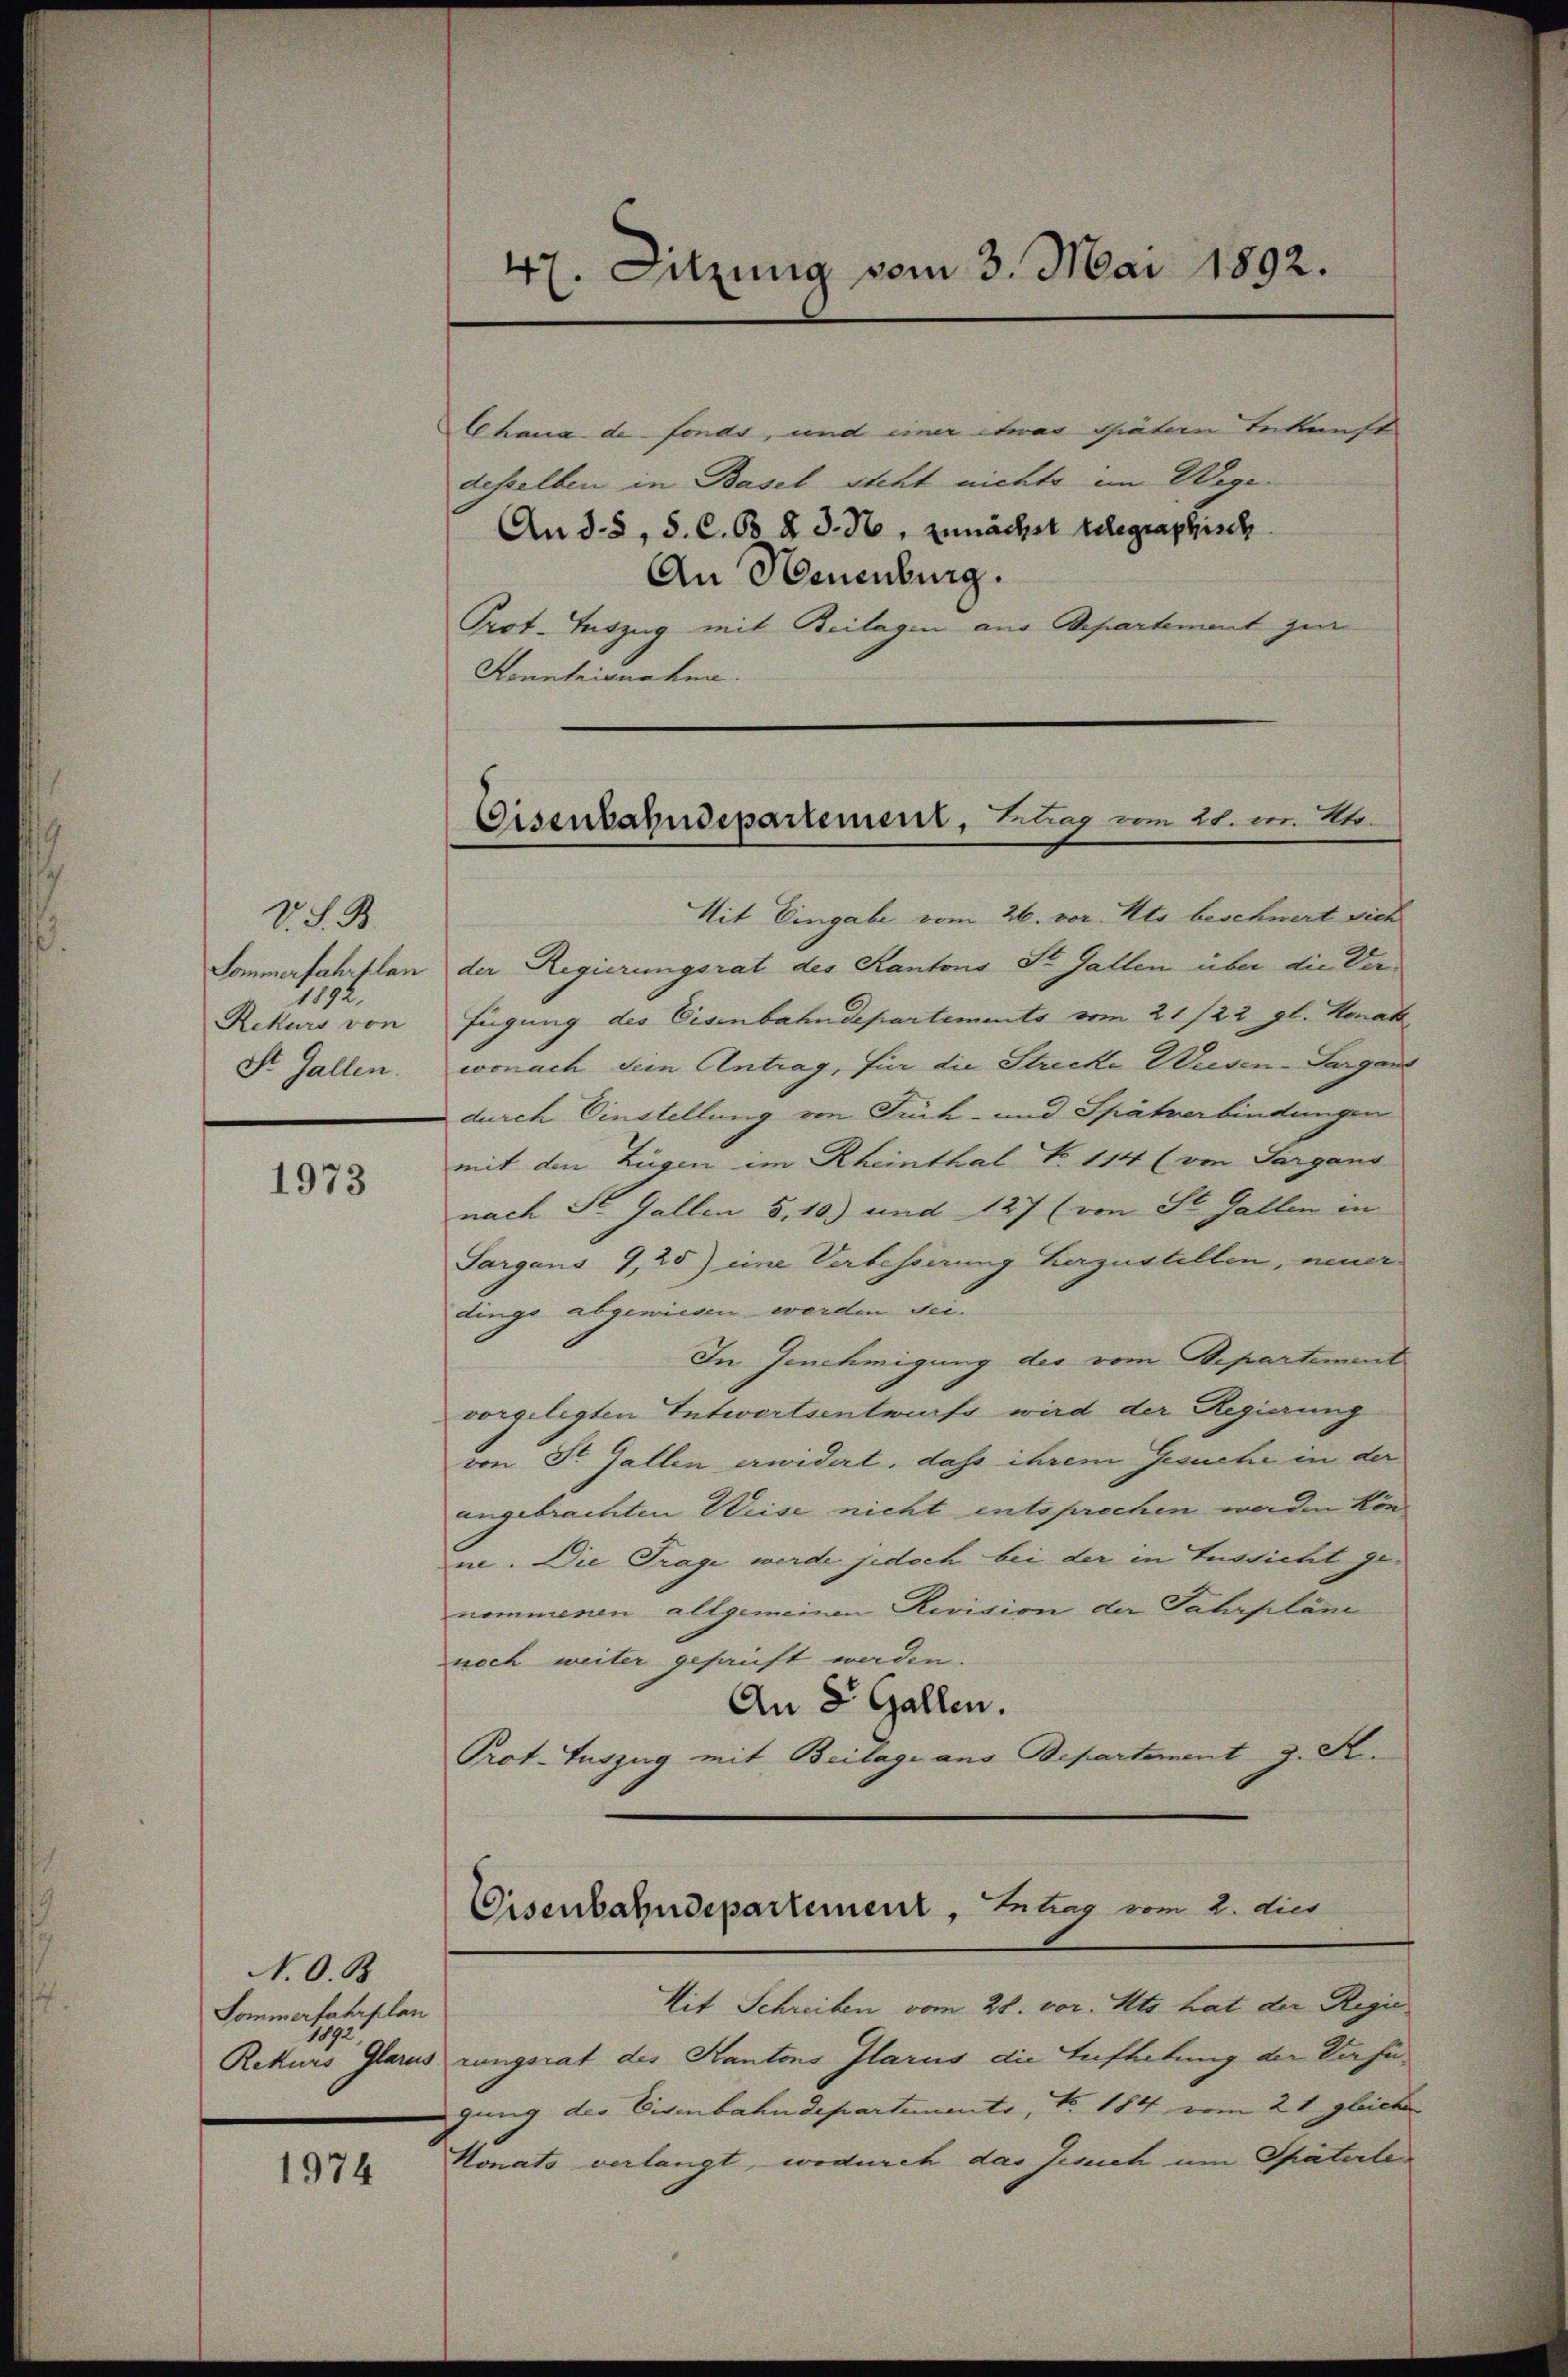
V. . .
Sommerfahrplan
1192
Rekurs von
St. Gallen.

1973

N. O. B
Sommerfahrplan
Rekurren Glarus

1974

Chana de fondo, und einer etwas väter Bekräft
desselben in Basel steht nichte im Wege-
An d. 5, S. C. 65 § 3. N. zunächst telegraphisch
An Neuenburg.
Prot. Auszug mit Beilagen aus Separtement zur
Kenntnisnahme.

47. Sitzung vom 3. Mai 1892.

Eisenbahndepartement, Kling vom 28. in Uto

Eisenbahndepartement, Antrag vom 2. dies

Mit Eingabe vom 26. vor. Mts beschnert sich
der Regierungsrat des Kantons St. Gallen über die Verfügung des Eisenbahndepartements vom 21/22. gl. Monat
wonach dein Antrag, für die Strecke Wiesen - Sargans
durch Einstellung von Füch- und Spiätverbindungen
mit den Zügen im Rheinthal No 114 (von Sargans
nach St. Gallen d. 10) und 127 (von St. Gallen in
Sargans 9,25) eine Verbesserung herzustellen, einer
dings abgewiesen werden sei.
In Genehmigung des vom Departement
vorgelegten Entwortsentwurfs wird der Regierung
von St. Gallen erwidert, dass ihrem Gesuche in der
angebrachten Weise nicht entsprochen worden kön
ne. Die Trage werde jedoch bei der in Aussicht genommenen allgemeinen Revision der Fahrpläne
noch weiter gesanft werden.
An 8 Gallen.
Prot. Auszug mit Beilage aus Departement z. S.
Mit Schreiben vom 28. vor. Mts. hat der Regie
rungsrat des Kantons Glarus die Aufhebung der Verfü
gung des Eisenbahndepartements, No. 184 vom 21. gleiche
Honats verlangt, wodurch das Jesuch um Späterle